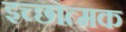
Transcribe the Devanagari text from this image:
इच्छात्मक